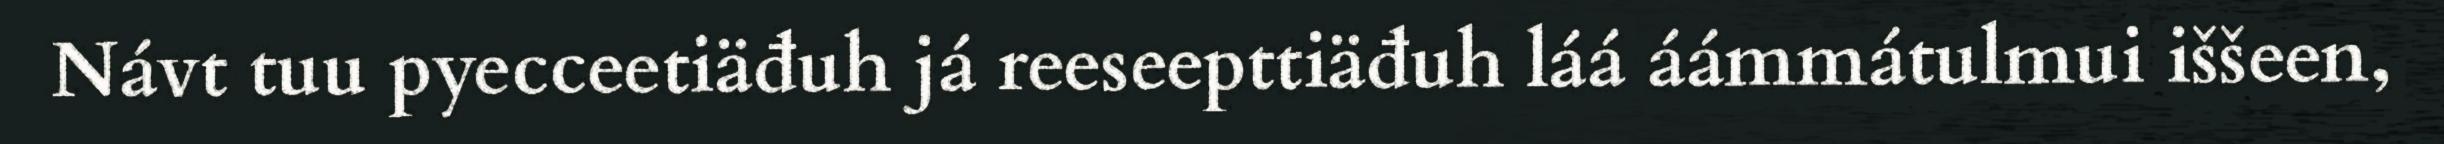
Návt tuu pyecceetiäđuh já reeseepttiäđuh láá áámmátulmui iššeen,